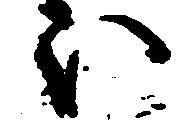
ほ